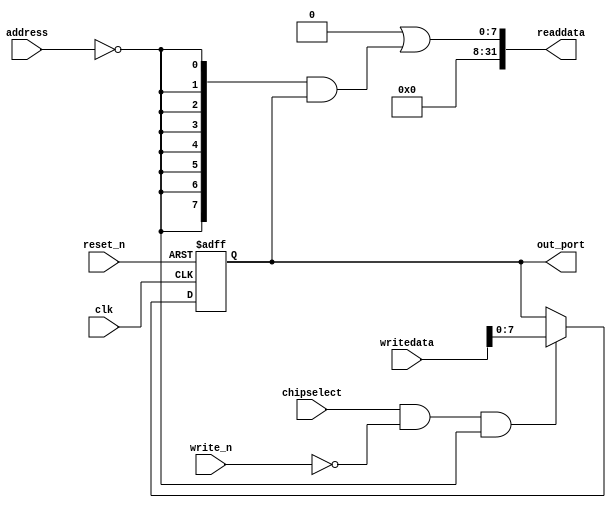
module ulight_fifo_timecode_tx_data (
                                       address,
                                       chipselect,
                                       clk,
                                       reset_n,
                                       write_n,
                                       writedata,
                                       out_port,
                                       readdata
                                    )
;
  output  [  7: 0] out_port;
  output  [ 31: 0] readdata;
  input   [  1: 0] address;
  input            chipselect;
  input            clk;
  input            reset_n;
  input            write_n;
  input   [ 31: 0] writedata;
wire             clk_en;
reg     [  7: 0] data_out;
wire    [  7: 0] out_port;
wire    [  7: 0] read_mux_out;
wire    [ 31: 0] readdata;
  assign clk_en = 1;
  assign read_mux_out = {8 {(address == 0)}} & data_out;
  always @(posedge clk or negedge reset_n)
    begin
      if (reset_n == 0)
          data_out <= 0;
      else if (chipselect && ~write_n && (address == 0))
          data_out <= writedata[7 : 0];
    end
  assign readdata = {32'b0 | read_mux_out};
  assign out_port = data_out;
endmodule